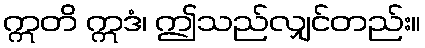
ဣတိ ဣဒံ၊ ဤသည်လျှင်တည်း။